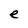
Character: e